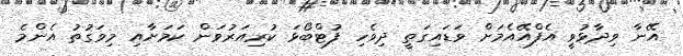
އޭނާ ވިދާޅުވީ އެފްއޭއެމަށް ވަޑައިގަތީ ދިވެހި ފުޓްބޯޅަ ކުރިއަރުވަން ކަމަށާއި މިވަގުތު އެންމެ